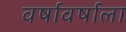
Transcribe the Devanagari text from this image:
वर्षावर्षाला